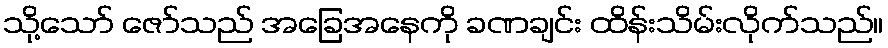
သို့သော် ဇော်သည် အခြေအနေကို ခဏချင်း ထိန်းသိမ်းလိုက်သည်။